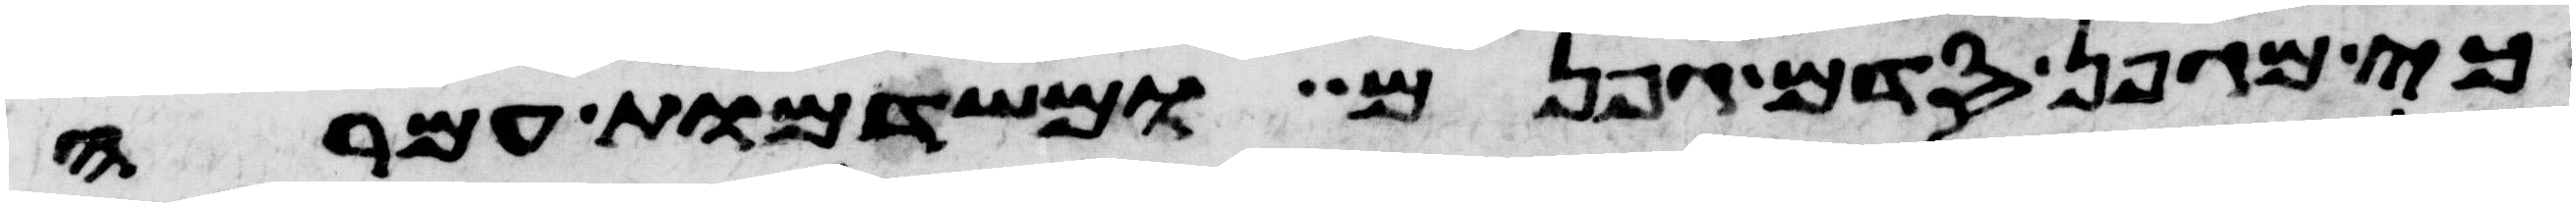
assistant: כי מגפן סדם גפנם ומשדמות עמרה